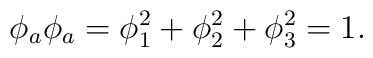
\phi_a\phi_a =\phi_1^2+\phi_2^2+\phi_3^2 =1.